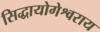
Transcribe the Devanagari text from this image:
सिद्धायोगेश्वराय